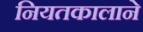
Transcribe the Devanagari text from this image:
नियतकालाने